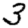
Digit: 3